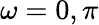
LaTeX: \omega=0,\pi